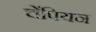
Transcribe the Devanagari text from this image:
चेंपियन